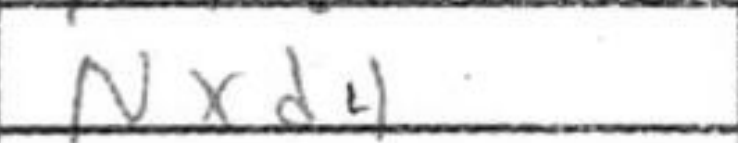
Transcription: Nxd4